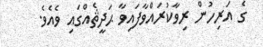
ގެ އަރިހުން ރިވާކުރައްވާފައިވާ ޙަދީޘެއްގައި ވެއެވެ.